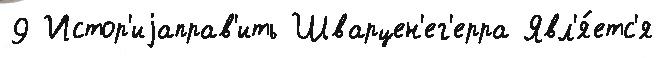
9 Истор'иjаправ'ить Шварцен'ег'ерра Явл'я́етс'я